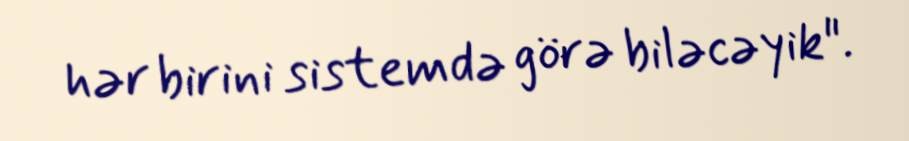
hər birini sistemdə görə biləcəyik".